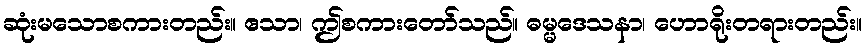
ဆုံးမသောစကားတည်း။ ဧသာ၊ ဤစကားတော်သည်။ ဓမ္မဒေသနာ၊ ဟောရိုးတရားတည်း။